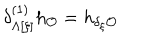
LaTeX: \delta _ { \Lambda [ \xi ] } ^ { ( 1 ) } h _ { \cal O } = h _ { \delta _ { \xi } { \cal O } }